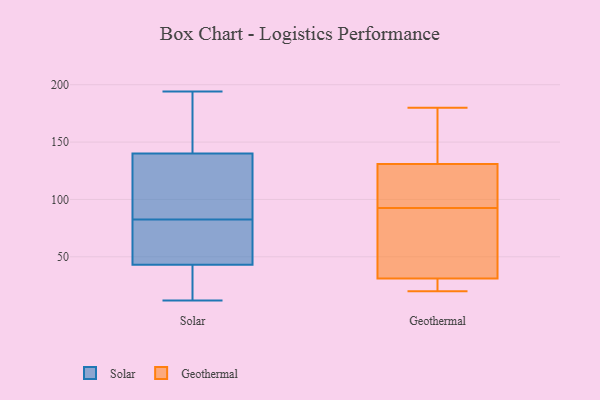
{"axis": {"x": "Bounce Rate (%)", "y": "Value"}, "legend": ["Geothermal", "Solar"], "data": [{"x": "", "y": 30, "type": "Solar"}, {"x": "", "y": 43, "type": "Solar"}, {"x": "", "y": 126, "type": "Solar"}, {"x": "", "y": 12, "type": "Solar"}, {"x": "", "y": 83, "type": "Solar"}, {"x": "", "y": 82, "type": "Solar"}, {"x": "", "y": 193, "type": "Solar"}, {"x": "", "y": 126, "type": "Solar"}, {"x": "", "y": 77, "type": "Solar"}, {"x": "", "y": 75, "type": "Solar"}, {"x": "", "y": 15, "type": "Solar"}, {"x": "", "y": 18, "type": "Solar"}, {"x": "", "y": 124, "type": "Solar"}, {"x": "", "y": 194, "type": "Solar"}, {"x": "", "y": 140, "type": "Solar"}, {"x": "", "y": 44, "type": "Solar"}, {"x": "", "y": 162, "type": "Solar"}, {"x": "", "y": 150, "type": "Solar"}, {"x": "", "y": 76, "type": "Geothermal"}, {"x": "", "y": 27, "type": "Geothermal"}, {"x": "", "y": 131, "type": "Geothermal"}, {"x": "", "y": 107, "type": "Geothermal"}, {"x": "", "y": 173, "type": "Geothermal"}, {"x": "", "y": 20, "type": "Geothermal"}, {"x": "", "y": 78, "type": "Geothermal"}, {"x": "", "y": 25, "type": "Geothermal"}, {"x": "", "y": 112, "type": "Geothermal"}, {"x": "", "y": 62, "type": "Geothermal"}, {"x": "", "y": 31, "type": "Geothermal"}, {"x": "", "y": 169, "type": "Geothermal"}, {"x": "", "y": 127, "type": "Geothermal"}, {"x": "", "y": 180, "type": "Geothermal"}]}